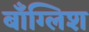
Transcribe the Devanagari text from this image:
बाँग्लिश